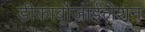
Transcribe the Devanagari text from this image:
डीकार्बोजाईलेशन